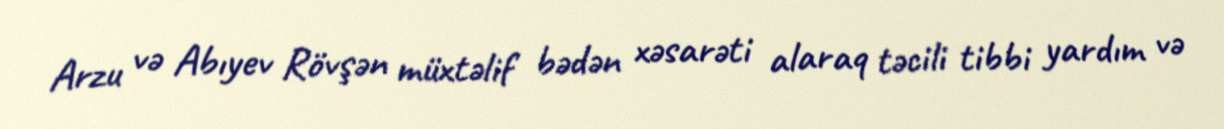
Arzu və Abıyev Rövşən müxtəlif bədən xəsarəti alaraq təcili tibbi yardım və